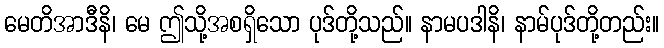
မေတိအာဒီနိ၊ မေ ဤသို့အစရှိသော ပုဒ်တို့သည်။ နာမပဒါနိ၊ နာမ်ပုဒ်တို့တည်း။